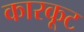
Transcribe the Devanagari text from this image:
कारकूट